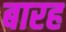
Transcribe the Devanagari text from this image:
बारह